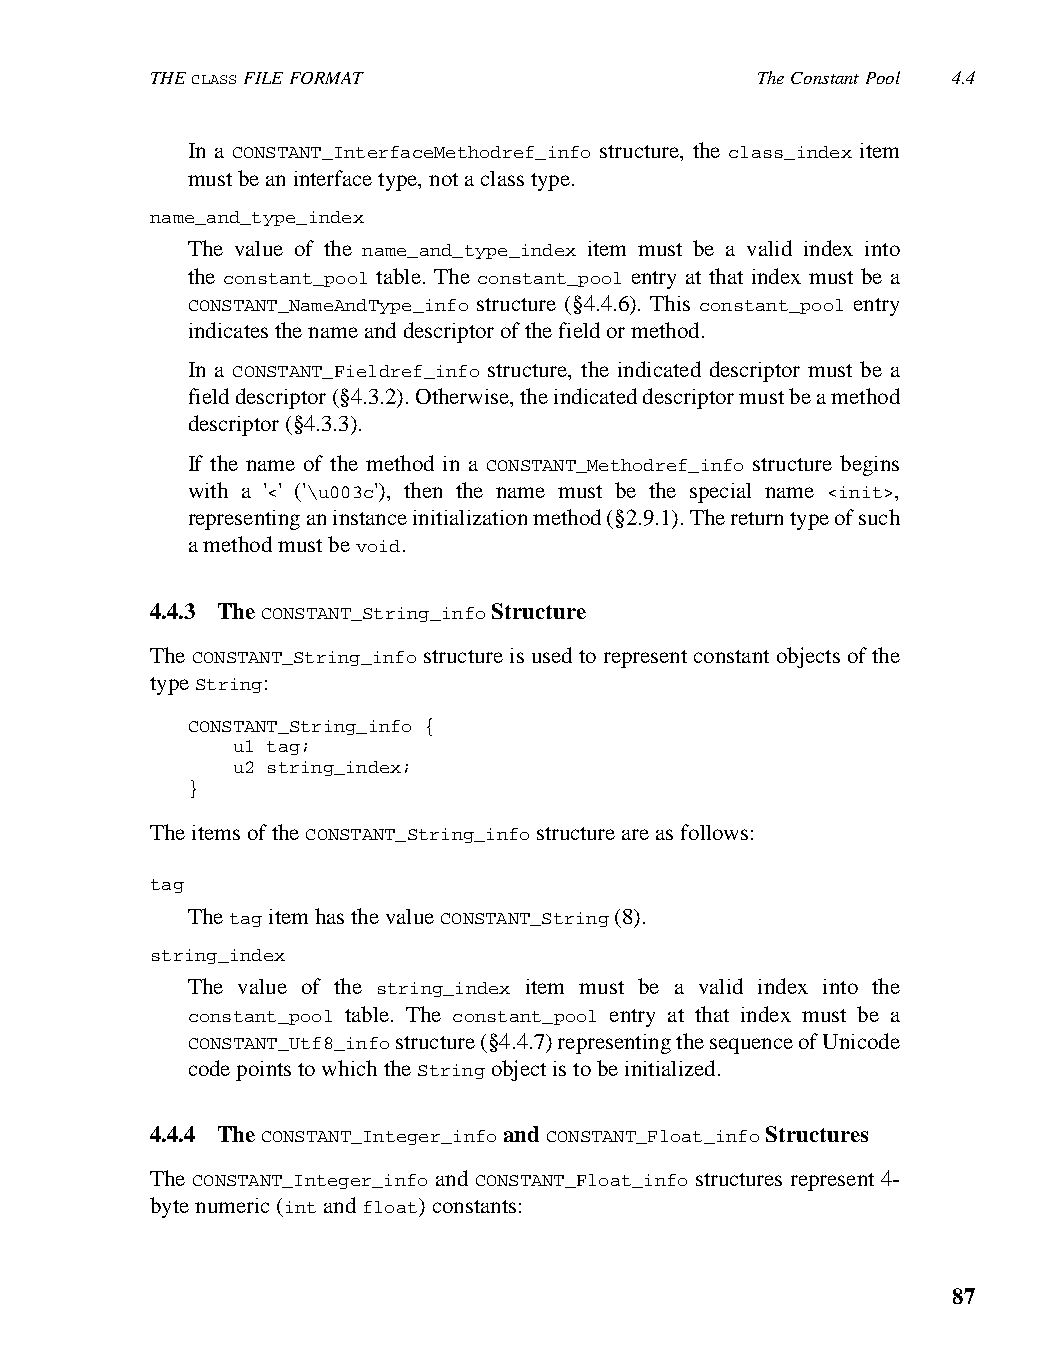
THE CLASS FILE FORMAT                   The Constant Pool 4.4
 In a CONSTANT_InterfaceMethodref_info structure, the class_index item
 must be an interface type, not a class type.
 name_and_type_index
 The value of the name_and_type_index item must be a valid index into
 the constant_pool table. The constant_pool entry at that index must be a
 CONSTANT_NameAndType_info structure (§4.4.6). This constant_pool entry
 indicates the name and descriptor of the field or method.
 In a CONSTANT_Fieldref_info structure, the indicated descriptor must be a
 field descriptor (§4.3.2). Otherwise, the indicated descriptor must be a method
 descriptor (§4.3.3).
 If the name of the method in a CONSTANT_Methodref_info structure begins
 with a '<' ('\u003c'), then the name must be the special name <init>,
 representing an instance initialization method (§2.9.1). The return type of such
 a method must be void.
 4.4.3 The CONSTANT_String_info Structure
 The CONSTANT_String_info structure is used to represent constant objects of the
 type String:
 CONSTANT_String_info {
 u1 tag;
 u2 string_index;
 }
 The items of the CONSTANT_String_info structure are as follows:
 tag
 The tag item has the value CONSTANT_String (8).
 string_index
 The value of the string_index item must be a valid index into the
 constant_pool table. The constant_pool entry at that index must be a
 CONSTANT_Utf8_info structure (§4.4.7) representing the sequence of Unicode
 code points to which the String object is to be initialized.
 4.4.4 The CONSTANT_Integer_info and CONSTANT_Float_info Structures
 The CONSTANT_Integer_info and CONSTANT_Float_info structures represent 4-
 byte numeric (int and float) constants:
 87